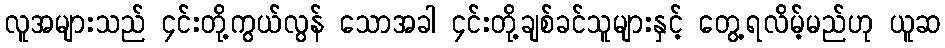
လူအများသည် ၄င်းတို့ကွယ်လွန် သောအခါ ၄င်းတို့ချစ်ခင်သူများနှင့် တွေ့ရလိမ့်မည်ဟု ယူဆ